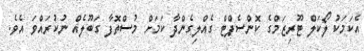
އެކަމަކު ލޯކަލް ޓޫރިޒަމްގެ ކޮންސެޕްޓް ގެއްލިގެންދާ ކަމަށް މުސްތޮފާ ގަބޫލެއް ނުކުރައްވަ އެވެ.